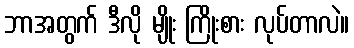
ဘာအတွက် ဒီလို မျိုး ကြိုးစား လုပ်တာလဲ။